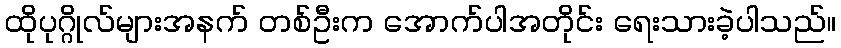
ထိုပုဂ္ဂိုလ်များအနက် တစ်ဦးက အောက်ပါအတိုင်း ရေးသားခဲ့ပါသည်။